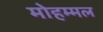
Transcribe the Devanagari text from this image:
मोहम्मल